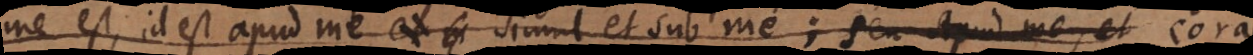
me est; id est apud me, et m simul et sub me; seu apud me, et cora